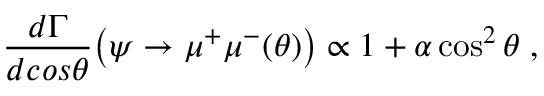
\frac { d \Gamma } { d c o s \theta } \big ( \psi \rightarrow \mu ^ { + } \mu ^ { - } ( \theta ) \big ) \propto 1 + \alpha \cos ^ { 2 } { \theta } \; ,